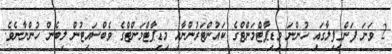
2 ވަނަ ފަންގިފިލާގައި ހުންނަ މިޑިޕާޓްމަންޓްގެ ކައުންޓަރުންނާއި މިޑިޕާޓްމަންޓްގެ ވެބްސައިޓުން ލިބެން ހުންނާނެވެ.